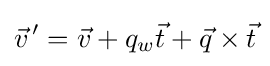
{\vec {v}}^{\,\prime }={\vec {v}}+q_{w}{\vec {t}}+{\vec {q}}\times {\vec {t}}